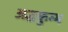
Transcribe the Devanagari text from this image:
अद्धकुम्भ